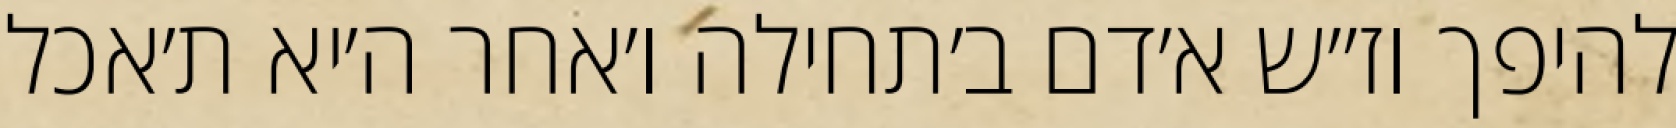
להיפך וז״ש א׳דם ב׳תחילה ו׳אחר ה׳יא ת׳אכל